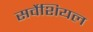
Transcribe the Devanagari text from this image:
सर्वेशियल